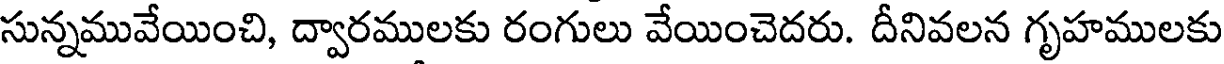
సున్నమువేయించి, ద్వారములకు రంగులు వేయించెదరు. దీనివలన గృహములకు